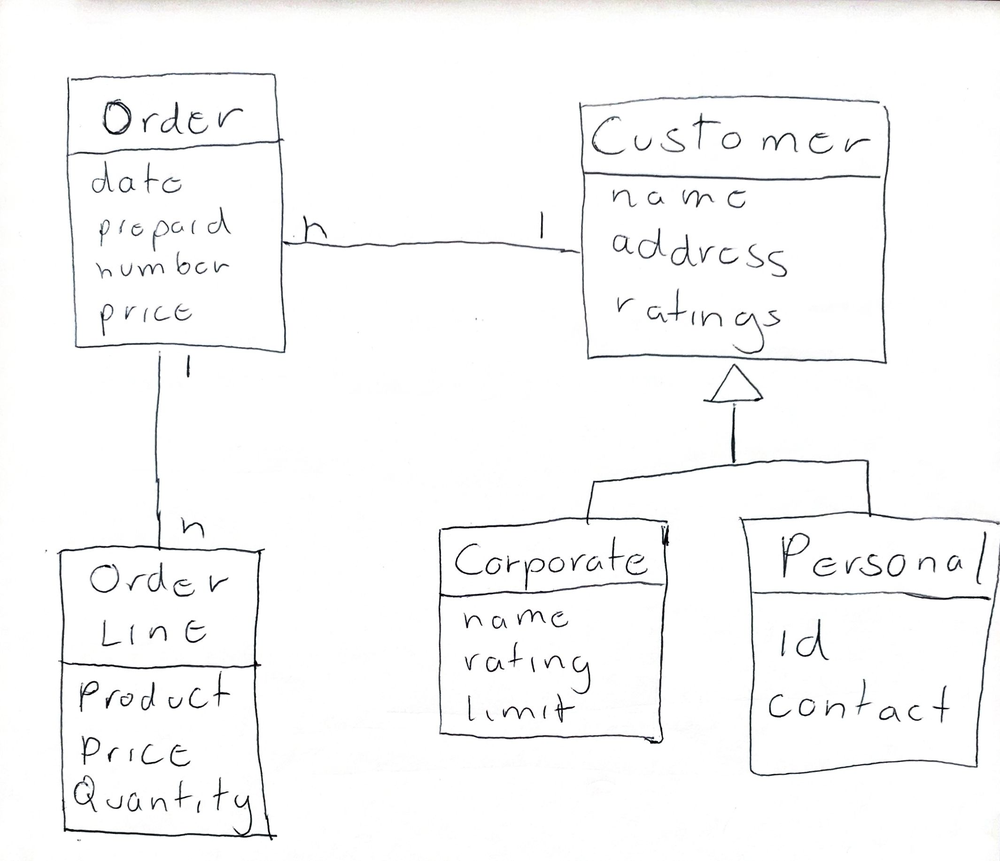
Diagram type: class_diagram
```plantuml
@startuml

skinparam groupInheritance 2

class Order {
   date
   prepaid
   number
   price
}

Class OrderLine {
  Product
  Price
  Quantity
}

class Customer {
  name
  address
  ratings
}

class Corporate extends Customer {
  name
  rating
  limit
}

class Personal extends Customer {
  id
  contact
}

Order "1" -- "*" OrderLine

Order "n" -- "1" Customer

@enduml
```